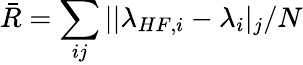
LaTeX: \bar{R}=\sum_{ij}{||\lambda_{HF,i}-\lambda_{i}|_{j}/N}